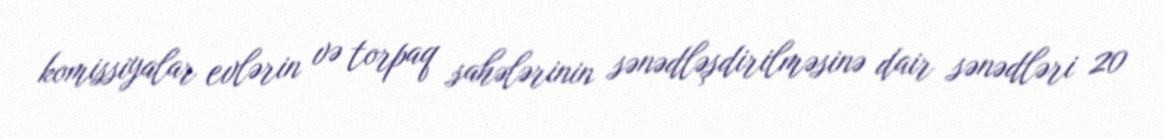
komissiyalar evlərin və torpaq sahələrinin sənədləşdirilməsinə dair sənədləri 20